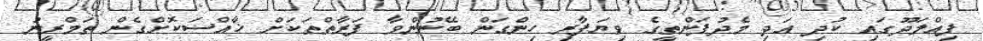
ފިއްލަދޫގައި ކުދި އަދި މެދުފަންތީގެ ވިޔަފާރި ހިންގަން ބޭނުންވާ ފަރާތްތަކަށް ޚާއްސަކޮށްގެން ތަމްރީނު